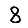
Digit: 8